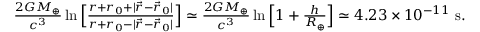
\begin{array} { r } { \frac { 2 G M _ { \oplus } } { c ^ { 3 } } \ln \Big [ \frac { r + r _ { 0 } + | { \vec { r } } - { \vec { r } } _ { 0 } | } { r + r _ { 0 } - | { \vec { r } } - { \vec { r } } _ { 0 } | } \Big ] \simeq \frac { 2 G M _ { \oplus } } { c ^ { 3 } } \ln \Big [ 1 + \frac { h } { R _ { \oplus } } \Big ] \simeq 4 . 2 3 \times 1 0 ^ { - 1 1 } ~ \mathrm { s } . } \end{array}